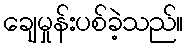
ချေမှုန်းပစ်ခဲ့သည်။